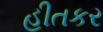
હીતકર